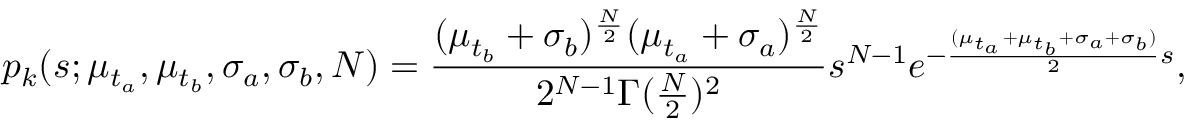
p _ { k } ( s ; \mu _ { t _ { a } } , \mu _ { t _ { b } } , \sigma _ { a } , \sigma _ { b } , N ) = \frac { ( \mu _ { t _ { b } } + \sigma _ { b } ) ^ { \frac { N } { 2 } } ( \mu _ { t _ { a } } + \sigma _ { a } ) ^ { \frac { N } { 2 } } } { 2 ^ { N - 1 } \Gamma ( \frac { N } { 2 } ) ^ { 2 } } s ^ { N - 1 } e ^ { - \frac { ( \mu _ { t _ { a } } + \mu _ { t _ { b } } + \sigma _ { a } + \sigma _ { b } ) } { 2 } s } ,